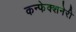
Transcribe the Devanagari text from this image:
कन्फेक्शनेरी